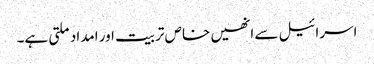
اسرائیل سے انھیں خاص تربیت اور امداد ملتی ہے۔